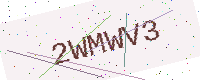
Text: 2WMWV3